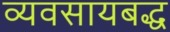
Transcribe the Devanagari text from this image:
व्यवसायबद्ध